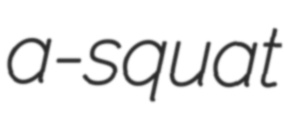
a-squat